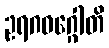
ဥရဂဝဂ္ဂေါတိ